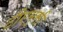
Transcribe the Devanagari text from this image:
टीएम्‌सी